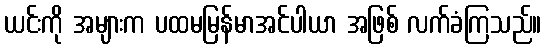
ယင်းကို အများက ပထမမြန်မာအင်ပါယာ အဖြစ် လက်ခံကြသည်။